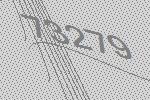
73279